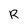
Character: R